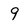
Character: 9